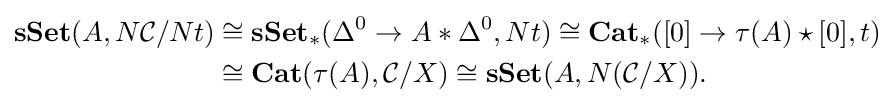
{\begin{aligned}\mathbf {sSet} (A,N{\mathcal {C}}/Nt)&\cong \mathbf {sSet} _{*}(\Delta ^{0}\rightarrow A*\Delta ^{0},Nt)\cong \mathbf {Cat} _{*}([0]\rightarrow \tau (A)\star [0],t)\\&\cong \mathbf {Cat} (\tau (A),{\mathcal {C}}/X)\cong \mathbf {sSet} (A,N({\mathcal {C}}/X)).\end{aligned}}